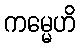
ကမ္မေဟိ